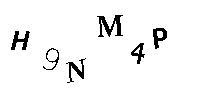
H9NM4P